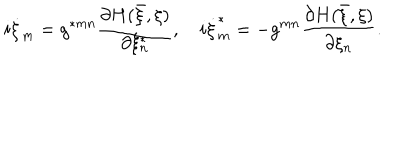
LaTeX: i \dot { \xi } _ { m } = g ^ { \ast m n } \frac { \partial H ( \bar { \xi } , \xi ) } { \partial \xi _ { n } ^ { \ast } } , \quad i \dot { \xi } _ { m } ^ { \ast } = - g ^ { m n } \frac { \partial H ( \bar { \xi } , \xi ) } { \partial \xi _ { n } } .